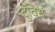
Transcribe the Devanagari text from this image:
दुविधं